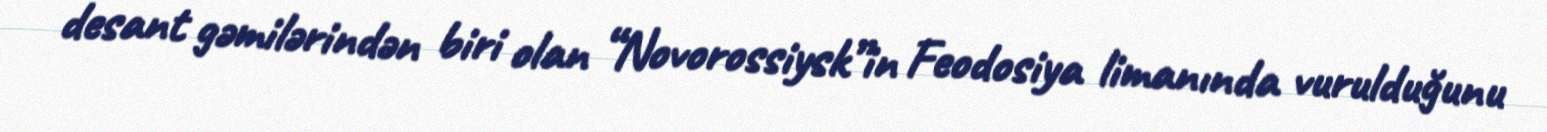
desant gəmilərindən biri olan “Novorossiysk”in Feodosiya limanında vurulduğunu